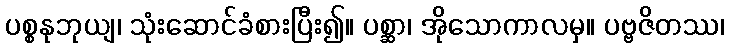
ပစ္စနုဘုယျ၊ သုံးဆောင်ခံစားပြီး၍။ ပစ္ဆာ၊ အိုသောကာလမှ။ ပဗ္ဗဇိတဿ၊